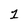
Character: 1